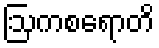
ဩကစရောတိ